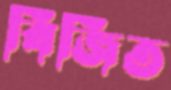
বিজিত